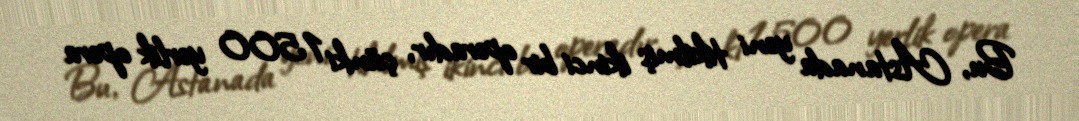
Bu, Astanada yeni tikilmiş ikinci bir operadır, çünki 1500 yerlik opera